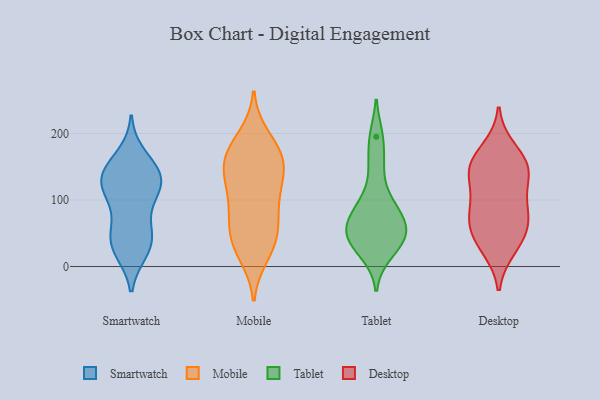
{"axis": {"x": "Net Income (USD K)", "y": "Value"}, "legend": ["Desktop", "Mobile", "Smartwatch", "Tablet"], "data": [{"x": "", "y": 126, "type": "Smartwatch"}, {"x": "", "y": 121, "type": "Smartwatch"}, {"x": "", "y": 98, "type": "Smartwatch"}, {"x": "", "y": 47, "type": "Smartwatch"}, {"x": "", "y": 23, "type": "Smartwatch"}, {"x": "", "y": 167, "type": "Smartwatch"}, {"x": "", "y": 48, "type": "Smartwatch"}, {"x": "", "y": 150, "type": "Smartwatch"}, {"x": "", "y": 33, "type": "Smartwatch"}, {"x": "", "y": 121, "type": "Smartwatch"}, {"x": "", "y": 23, "type": "Smartwatch"}, {"x": "", "y": 57, "type": "Smartwatch"}, {"x": "", "y": 142, "type": "Smartwatch"}, {"x": "", "y": 140, "type": "Smartwatch"}, {"x": "", "y": 133, "type": "Smartwatch"}, {"x": "", "y": 105, "type": "Smartwatch"}, {"x": "", "y": 87, "type": "Mobile"}, {"x": "", "y": 31, "type": "Mobile"}, {"x": "", "y": 126, "type": "Mobile"}, {"x": "", "y": 180, "type": "Mobile"}, {"x": "", "y": 168, "type": "Mobile"}, {"x": "", "y": 146, "type": "Mobile"}, {"x": "", "y": 69, "type": "Mobile"}, {"x": "", "y": 119, "type": "Mobile"}, {"x": "", "y": 101, "type": "Mobile"}, {"x": "", "y": 41, "type": "Mobile"}, {"x": "", "y": 194, "type": "Mobile"}, {"x": "", "y": 18, "type": "Mobile"}, {"x": "", "y": 148, "type": "Mobile"}, {"x": "", "y": 160, "type": "Mobile"}, {"x": "", "y": 162, "type": "Mobile"}, {"x": "", "y": 37, "type": "Mobile"}, {"x": "", "y": 66, "type": "Mobile"}, {"x": "", "y": 52, "type": "Tablet"}, {"x": "", "y": 40, "type": "Tablet"}, {"x": "", "y": 40, "type": "Tablet"}, {"x": "", "y": 61, "type": "Tablet"}, {"x": "", "y": 91, "type": "Tablet"}, {"x": "", "y": 19, "type": "Tablet"}, {"x": "", "y": 96, "type": "Tablet"}, {"x": "", "y": 152, "type": "Tablet"}, {"x": "", "y": 64, "type": "Tablet"}, {"x": "", "y": 195, "type": "Tablet"}, {"x": "", "y": 177, "type": "Desktop"}, {"x": "", "y": 67, "type": "Desktop"}, {"x": "", "y": 76, "type": "Desktop"}, {"x": "", "y": 143, "type": "Desktop"}, {"x": "", "y": 147, "type": "Desktop"}, {"x": "", "y": 33, "type": "Desktop"}, {"x": "", "y": 27, "type": "Desktop"}, {"x": "", "y": 139, "type": "Desktop"}, {"x": "", "y": 146, "type": "Desktop"}, {"x": "", "y": 66, "type": "Desktop"}, {"x": "", "y": 97, "type": "Desktop"}, {"x": "", "y": 159, "type": "Desktop"}, {"x": "", "y": 99, "type": "Desktop"}, {"x": "", "y": 50, "type": "Desktop"}]}